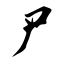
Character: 尸